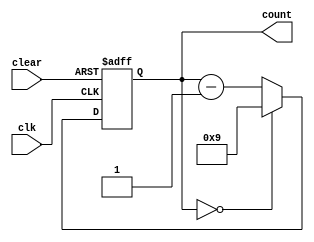
module contador_decadico_decrescente_4bits (output [3:0] count, input clk, input clear);
  reg [3:0] count;

  always @(posedge clk or posedge clear) begin
    if (clear)
      count <= 4'b1001; // Inicializa com 9 (decimal)
    else if (count == 0)
      count <= 4'b1001; // Reinicia em 9 após atingir 0
    else
      count <= count - 1;
  end
endmodule